Report of the veterinary officer investigating camel disease
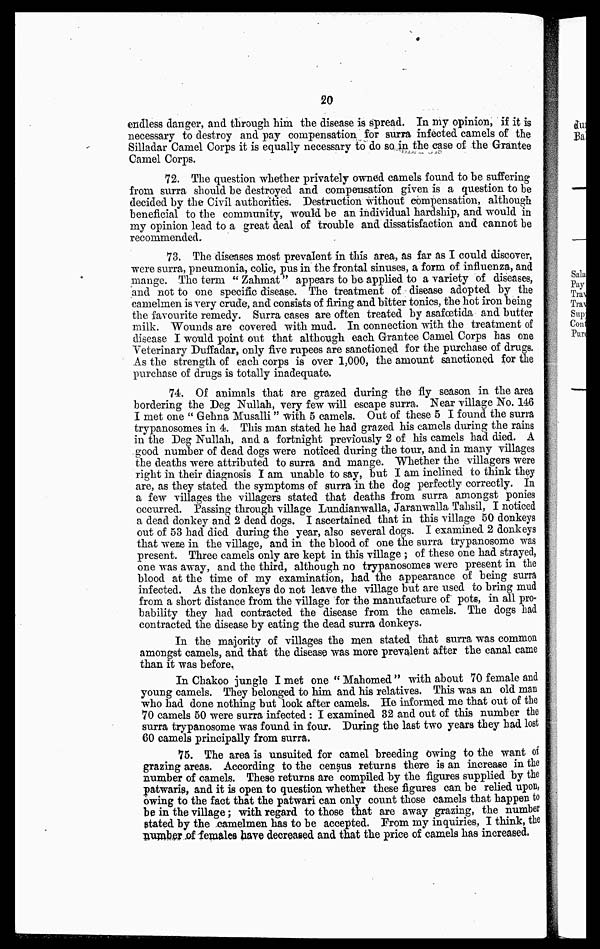
20
endless danger, and through him the disease is spread. In my opinion, if it is
necessary to destroy and pay compensation for surra infected camels of the
Silladar Camel Corps it is equally necessary to do so. in the case of the Grantee
Camel Corps.
72. The question whether privately owned camels found to be suffering
from surra should he destroyed and compensation given is a question to be
decided by the Civil authorities. Destruction without compensation, although
beneficial to the community, would be an individual hardship, and would in
my opinion lead to a great deal of trouble and dissatisfaction and cannot be
recommended.
73. The diseases most prevalent in this area, as far as I could discover,
were surra, pneumonia, colic, pus in the frontal sinuses, a form of influenza, and
mange. The term " Zahmat" appears to be applied to a variety of diseases,
and not to one specific disease. The treatment of disease adopted by the
camelmen is very crude, and consists of firing and bitter tonics, the hot iron being
the favourite remedy. Surra cases are often treated by asafoetida, and butter
milk. Wounds are covered with mud. In connection with the treatment of
disease I would point out that although each Grantee Camel Corps has one
Veterinary Duffadar, only five rupees are sanctioned for the purchase of drugs.
As the strength of each corps is over 1,000, the amount sanctioned for the
purchase of drugs is totally inadequate.
74.. Of animals that are grazed during the fly season in the area
bordering the Deg Nullah, very few will escape surra. Near village No. 146
I met one " Gehna Musalli " with 5 camels. Out of these 5 I found the surra
trypanosomes in 4. This man stated he had grazed his camels during the rains
in the Deg Nullah, and a fortnight previously 2 of his camels had died. A
good number of dead dogs were noticed during the tour, and in many villages
the deaths were attributed to surra and mange. Whether the villagers were
right in their diagnosis I am unable to say, but I am inclined to think they
are, as they stated the symptoms of surra in the dog perfectly correctly. In
a few villages the villagers stated that deaths from surra amongst ponies
occurred. Passing through village Lundianwalla, Jaranwalla Tahsil, I noticed
a dead donkey and 2 dead dogs. I ascertained that in this village 50 donkeys
out of 53 had died during the year, also several dogs. I examined 2 donkeys
that were in the village, and in the blood of one the surra trypanosome was
present. Three camels only are kept in this village ; of these one had strayed,
one was away, and the third, although no trypanosomes were present in the
blood at the time of my examination, had the appearance of being surra
infected. As the donkeys do not leave the village but are used to bring mud
from a short distance from the village for the manufacture of' pots, in all pro-
bability they had contracted the disease from the camels. The dogs had
contracted the disease by eating the dead surra donkeys.
In the majority of villages the men stated that surra was common
amongst camels, and that the disease was more prevalent after the canal came
than it was before.
In Chakoo jungle I met one " Mahomed " with about 70 female and
young camels. They belonged to him and his relatives. This was an old man
who had done nothing but look after camels. He informed me that out of the
70 camels 50 were surra infected: I examined 32 and out of this number the
surra trypanosome was found in four. During the last two years they had lost
60 camels principally from surra.
75. The area is unsuited for camel breeding owing to the want of
grazing areas. According to the census returns there is an increase in the
number of camels. These returns are compiled by the figures supplied by the
patwaris, and it is open to question whether these figures can be relied upon
owing to the fact that the patwari can only count those camels that happen to
be in the village; with regard to those that are away grazing, the number
stated by the camelmen has to be accepted. From my inquiries, I think, the
number of females have decreased and that the price of camels has increased.